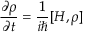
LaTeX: { \frac { \partial \rho } { \partial t } } = { \frac { 1 } { i \hbar } } [ H , \rho ]